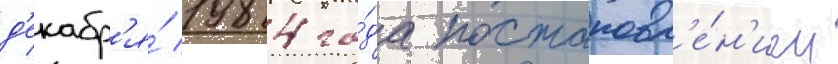
д'екабр'я́ 1984 го́да постановл'е́н'ием